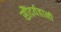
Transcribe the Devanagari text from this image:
सौंदर्यहानी